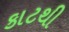
કાટથી